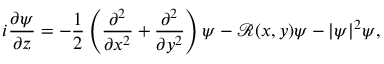
i \frac { \partial \psi } { \partial z } = - \frac { 1 } { 2 } \left( \frac { \partial ^ { 2 } } { \partial x ^ { 2 } } + \frac { \partial ^ { 2 } } { \partial y ^ { 2 } } \right) \psi - \mathcal { R } ( x , y ) \psi - | \psi | ^ { 2 } \psi ,